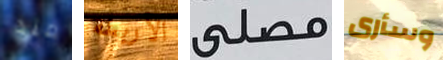
منذ الأربطة مصلى وسأرى